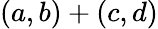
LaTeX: (a,b)+(c,d)